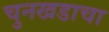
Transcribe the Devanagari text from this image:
चुनखडाचा